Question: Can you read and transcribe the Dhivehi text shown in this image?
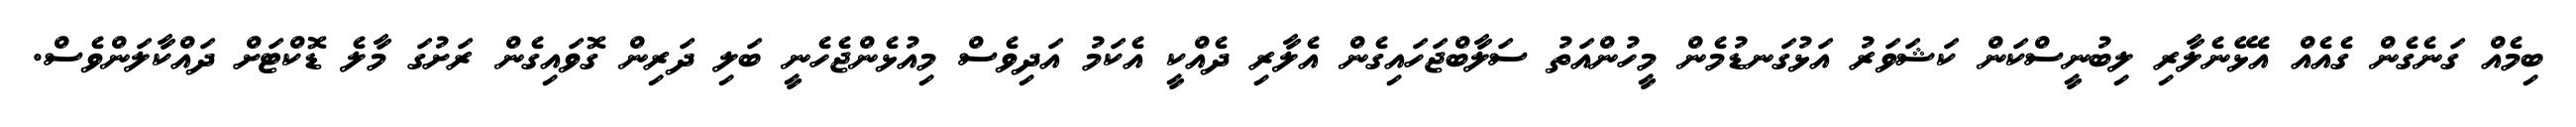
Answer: ބިމެއް ގަނެގެން ގެއެއް އެޅޭނެލާރި ލިބުނީސްކަން ކަޝަވަރު އަޅުގަނޑުމެން މީހުންއަތު ސަލާބްޖަހައިގެން އެލާރި ދެއްކީ އެކަމު އަދިވެސް މިއުޅެންޖެހެނީ ބަލި ދަރިން ގޮވައިގެން ރަށުގަ މާލެ ޑޮކްޓަށް ދައްކާލަންވެސް.